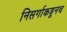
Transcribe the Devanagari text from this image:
निसर्गाकडूनच